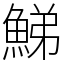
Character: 鮷